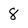
Character: 8